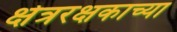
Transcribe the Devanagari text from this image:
क्षेत्ररक्षकाच्या